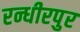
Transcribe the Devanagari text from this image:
रन्धीरपुर